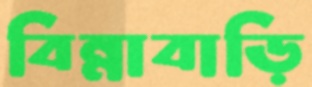
বিন্নাবাড়ি